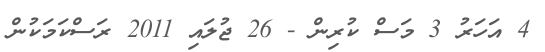
4 އަހަރު 3 މަސް ކުރިން - 26 ޖުލައި 2011 ރަސްކަމަކުން